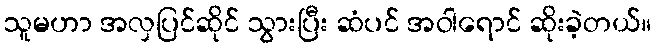
သူမဟာ အလှပြင်ဆိုင် သွားပြီး ဆံပင် အဝါရောင် ဆိုးခဲ့တယ်။